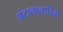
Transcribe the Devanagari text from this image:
अंटानानारिवो